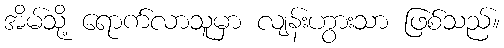
အိမ်သို့ ရောက်လာသူမှာ လျန်းဟွားသာ ဖြစ်သည်။